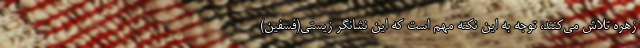
زهره تلاش می‌کنند، توجه به این نکته مهم است که این نشانگر زیستی(فسفین)